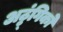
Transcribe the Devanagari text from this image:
अठ्ठ्ंगिको